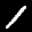
Label: 1